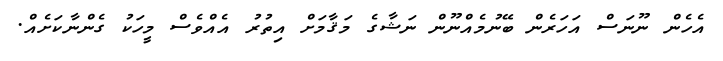
އެހެން ނޫނަސް އަހަރެން ބޭނުމެއްނޫން ނަޝާގެ މަޤާމަށް އިތުރު އެއްވެސް މީހަކު ގެންނާކަށެއް.